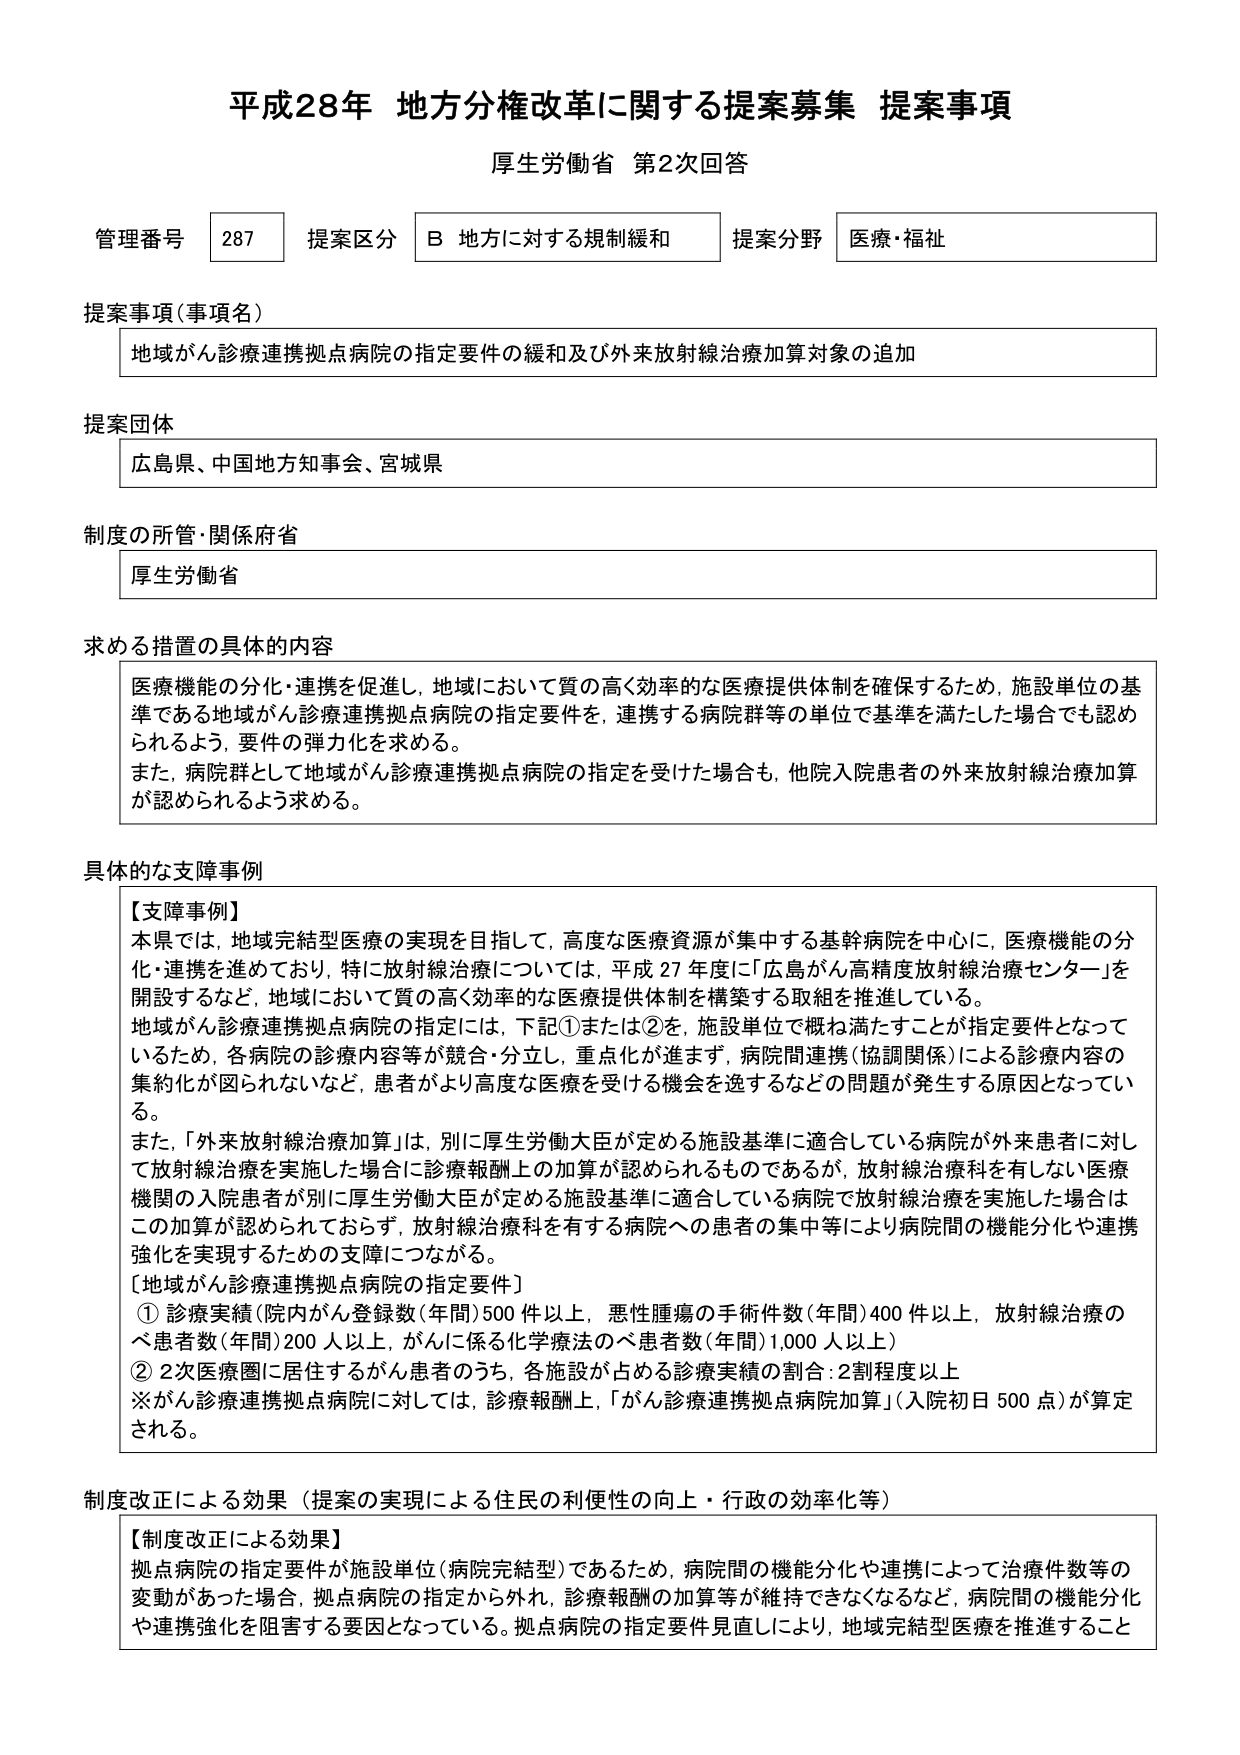
平成28年 地方分権改革に関する提案募集 提案事項
厚生労働省 第2次回答

管理番号 287 提案区分 B 地方に対する規制緩和 提案分野 医療・福祉

提案事項（事項名）
地域がん診療連携拠点病院の指定要件の緩和及び外来放射線治療加算対象の追加

提案団体
広島県、中国地方知事会、宮城県

制度の所管・関係府省
厚生労働省

求める措置の具体的内容
医療機能の分化・連携を促進し、地域において質の高く効率的な医療提供体制を確保するため、施設単位の基準である地域がん診療連携拠点病院の指定要件を、連携する病院群等の単位で基準を満たした場合でも認められるよう、要件の弾力化を求める。
また、病院群として地域がん診療連携拠点病院の指定を受けた場合も、他院入院患者の外来放射線治療加算が認められるよう求める。

具体的な支障事例
【支障事例】
本県では、地域完結型医療の実現を目指して、高度な医療資源が集中する基幹病院を中心に、医療機能の分化・連携を進めており、特に放射線治療については、平成27年度に「広島がん高精度放射線治療センター」を開設するなど、地域において質の高く効率的な医療提供体制を構築する取組を推進している。
地域がん診療連携拠点病院の指定には、下記①または②を、施設単位で概ね満たすことが指定要件となっているため、各病院の診療内容等が競合・分立し、重点化が進まず、病院間連携（協調関係）による診療内容の集約化が図られないなど、患者がより高度な医療を受ける機会を逸するなどの問題が発生する原因となっている。
また、「外来放射線治療加算」は、別に厚生労働大臣が定める施設基準に適合している病院が外来患者に対して放射線治療を実施した場合に診療報酬上の加算が認められるものであるが、放射線治療科を有しない医療機関の入院患者が別に厚生労働大臣が定める施設基準に適合している病院で放射線治療を実施した場合はこの加算が認められておらず、放射線治療科を有する病院への患者の集中等により病院間の機能分化や連携強化を実現するための支援につながる。
[地域がん診療連携拠点病院の指定要件]
① 診療実績（院内がん登録数（年間）500件以上、悪性腫瘍の手術件数（年間）400件以上、放射線治療のべ患者数（年間）200人以上、がんに係る化学療法のべ患者数（年間）1,000人以上）
② 2次医療圏に居住するがん患者のうち、各施設が占める診療実績の割合：2割程度以上
※がん診療連携拠点病院に対しては、診療報酬上、「がん診療連携拠点病院加算」（入院初日500点）が算定される。

制度改正による効果（提案の実現による住民の利便性の向上・行政の効率化等）
【制度改正による効果】
拠点病院の指定要件が施設単位（病院完結型）であるため、病院間の機能分化や連携によって治療件数等の変動があった場合、拠点病院の指定から外れ、診療報酬の加算等が維持できなくなるなど、病院間の機能分化や連携強化を阻害する要因となっている。拠点病院の指定要件見直しにより、地域完結型医療を推進すること